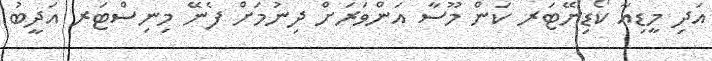
އަދި މީޑިއާ ކޯޑިނޭޓަރ ކަން މޫސާ އަންވަރަށް ދިނުމަށް ފެނޭ މިނިސްޓަރ އަދީބު